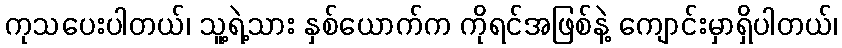
ကုသပေးပါတယ်၊ သူ့ရဲ့သား နှစ်ယောက်က ကိုရင်အဖြစ်နဲ့ ကျောင်းမှာရှိပါတယ်၊